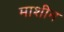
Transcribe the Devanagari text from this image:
माशीन